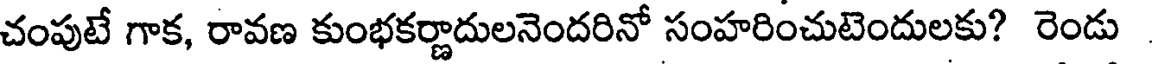
చంపుటే గాక, రావణ కుంభకర్ణాదులనెందరినో సంహరించుటెందులకు? రెండు